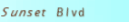
Sunset Blvd